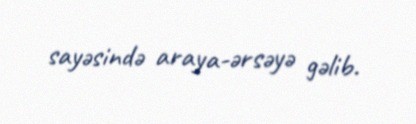
sayəsində araya-ərsəyə gəlib.